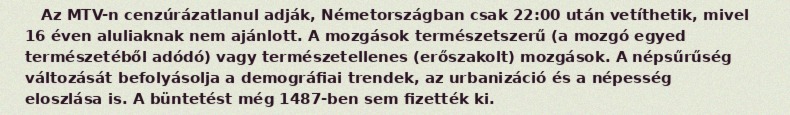
Az MTV-n cenzúrázatlanul adják, Németországban csak 22:00 után vetíthetik, mivel 16 éven aluliaknak nem ajánlott. A mozgások természetszerű (a mozgó egyed természetéből adódó) vagy természetellenes (erőszakolt) mozgások. A népsűrűség változását befolyásolja a demográfiai trendek, az urbanizáció és a népesség eloszlása is. A büntetést még 1487-ben sem fizették ki.